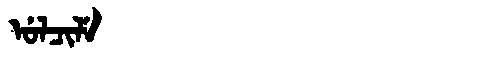
Manchu: ᡠᠯᠴᡳᠯᡝ
Romanization: ULCILE